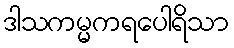
ဒါသကမ္မကရပေါရိသာ